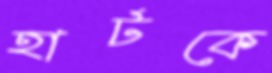
হার্টকে